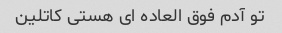
تو آدم فوق العاده ای هستی کاتلین